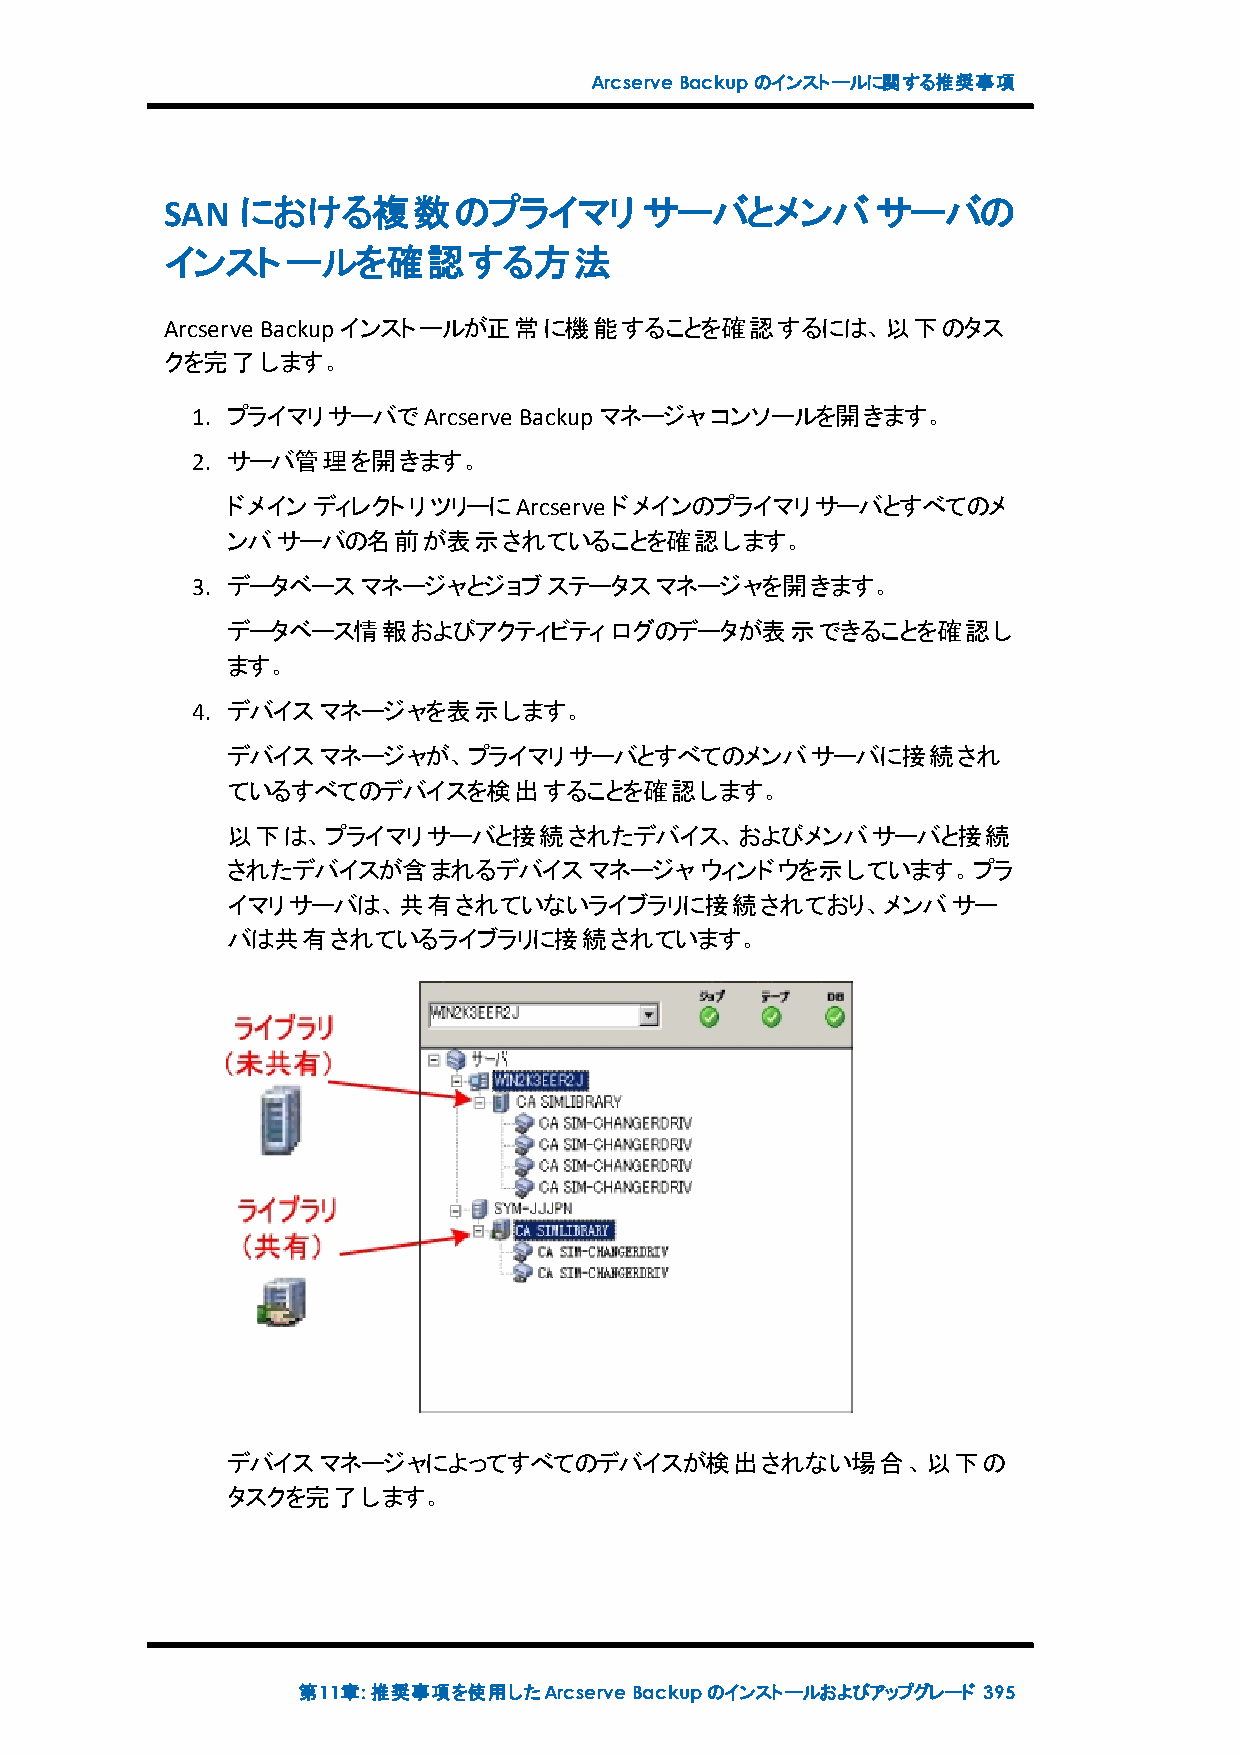
ArcserveBackupのインストールに関する推奨事項
 SAN  における複数のプライマリ               サーバとメンバサーバの
 インストールを確認する方法
 Arcserve Backupインストールが正常に機能することを確認するには、以下のタス
 クを完了します。
 1. プライマリサーバでArcserve Backupマネージャコンソールを開きます。
 2. サーバ管理を開きます。
 ドメインディレクトリツリーにArcserve   ドメインのプライマリサーバとすべてのメ
 ンバサーバの名前が表示されていることを確認します。
 3. データベースマネージャとジョブステータスマネージャを開きます。
 データベース情報およびアクティビティログのデータが表示できることを確認し
 ます。
 4. デバイスマネージャを表示します。
 デバイスマネージャが、プライマリサーバとすべてのメンバサーバに接続され
 ているすべてのデバイスを検出することを確認します。
 以下は、プライマリサーバと接続されたデバイス、およびメンバサーバと接続
 されたデバイスが含まれるデバイスマネージャウィンドウを示しています。プラ
 イマリサーバは、共有されていないライブラリに接続されており、メンバサー
 バは共有されているライブラリに接続されています。
 デバイスマネージャによってすべてのデバイスが検出されない場合、以下の
 タスクを完了します。
 第11章:推奨事項を使用したArcserveBackupのインストールおよびアップグレード 395